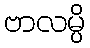
ဗာလမ္ပိ